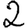
Digit: 2